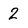
Character: 2